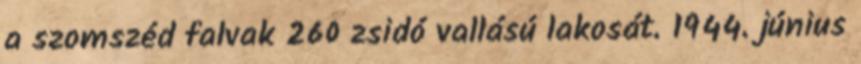
a szomszéd falvak 260 zsidó vallású lakosát. 1944. június